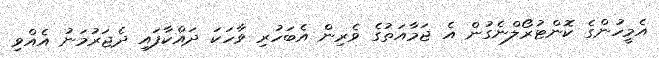
އެމީހުންގެ ކޮންޓުރޯލްނެގުން އެ ޖަމާއަތުގެ ވެރިން އެބަހުރި ވާހަކަ ދައްކާފައި ދެޖަރުމަނު އެއްވި